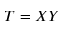
T = X Y